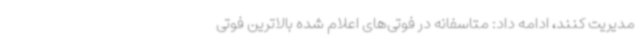
مدیریت کنند، ادامه داد: متاسفانه در فوتی‌های اعلام شده بالاترین فوتی